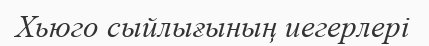
Хьюго сыйлығының иегерлері